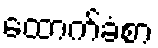
ထောက်ခံစာ